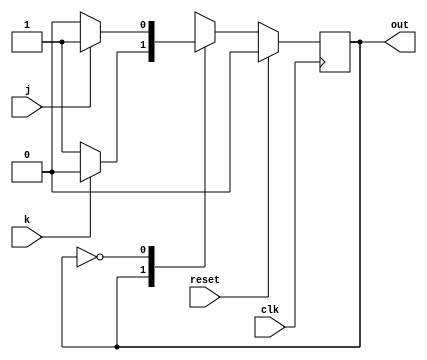
module top_module(
    input clk,
    input reset,    // Synchronous reset to OFF
    input j,
    input k,
    output out); //  

    parameter OFF = 0, ON = 1; 
    reg state, next_state;

    always @(*) begin
        // State transition logic
        case (state)
            ON: next_state <= k ? OFF : ON;
            OFF: next_state <= j ? ON : OFF;
        endcase
    end

    always @(posedge clk) begin
        // State flip-flops with synchronous reset
        if (reset) begin
            state <= OFF;
        end
        else begin
            state <= next_state;
        end
    end

    // Output logic
    // assign out = (state == ...);
    assign out = (state == ON);

endmodule